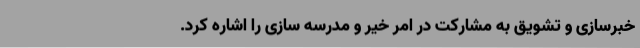
خبرسازی و تشویق به مشارکت در امر خیر و مدرسه ‌سازی را اشاره کرد.